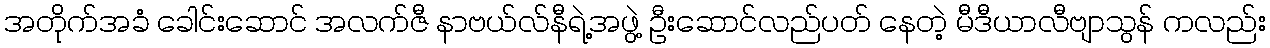
အတိုက်အခံ ခေါင်းဆောင် အလက်ဇီ နာဗယ်လ်နီရဲ့အဖွဲ့ ဦးဆောင်လည်ပတ် နေတဲ့ မီဒီယာလီဗျာသွန် ကလည်း